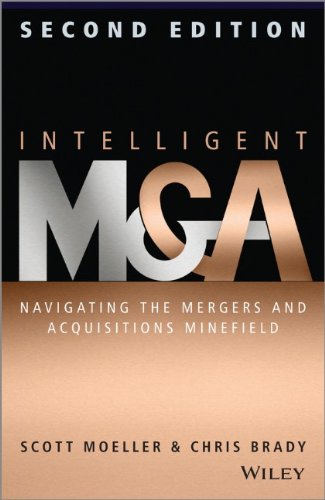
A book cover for Intelligent M & A: Navigating the Mergers and Acquisitions Minefield; Scott Moeller; Business & Money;